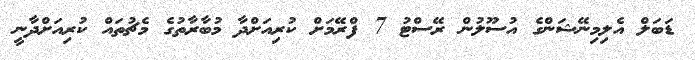
ޑަބަލް އެލިމިނޭޝަންގެ އުސޫލުން ރޭސްޓު 7 ފްރޭމަށް ކުރިއަށްދާ މުބާރާތުގެ މެޗުތައް ކުރިއަށްދާނީ